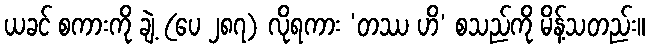
ယခင် စကားကို ချဲ့ (ပေ ၂၈၇) လိုရကား ‘တဿ ဟိ’ စသည်ကို မိန့်သတည်း။